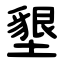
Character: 墾